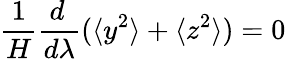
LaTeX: {\frac{1}{H}}{\frac{d\, }{d\lambda}}(\langle y^{2}\rangle+\langle z^{2}\rangle)=0